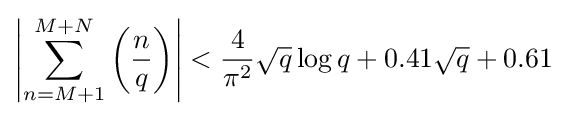
\left|\sum _{n=M+1}^{M+N}\left({\frac {n}{q}}\right)\right|<{\frac {4}{\pi ^{2}}}{\sqrt {q}}\log q+0.41{\sqrt {q}}+0.61